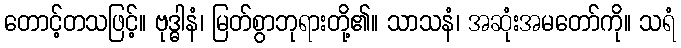
တောင့်တသဖြင့်။ ဗုဒ္ဓါနံ၊ မြတ်စွာဘုရားတို့၏။ သာသနံ၊ အဆုံးအမတော်ကို။ သရံ